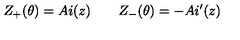
Z _ { + } ( \theta ) = A i ( z ) \qquad Z _ { - } ( \theta ) = - A i ^ { \prime } ( z )